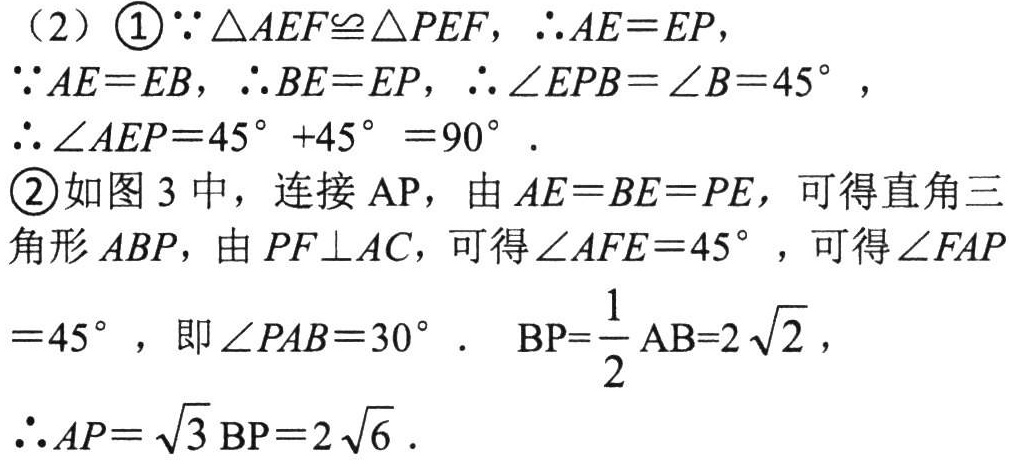
（2）\textcircled{1}$\because \triangle AEF\cong \triangle PEF,\ \therefore AE = EP,$

$\because AE = EB,\ \therefore BE = EP,\ \therefore \angle EPB=\angle B = 45^{\circ },$

$\therefore \angle AEP=45^{\circ } + 45^{\circ } = 90^{\circ }.$

\textcircled{2}如图 3 中，连接 AP，由$AE = BE = PE$，可得直角三

角形 ABP，由$PF\perp AC$，可得$\angle AFE = 45^{\circ }$，可得$\angle FAP$

$= 45^{\circ }$，即$\angle PAB = 30^{\circ }.$  $BP=\frac{1}{2}AB = 2\sqrt{2},$

$\therefore AP=\sqrt{3}BP = 2\sqrt{6}.$